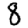
Digit: 8